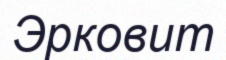
Эрковит